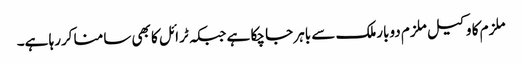
ملزم کا وکیل ملزم دوبارملک سے باہر جا چکا ہے جبکہ ٹرائل کا بھی سامنا کررہا ہے۔